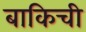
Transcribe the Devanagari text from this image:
बाकिची